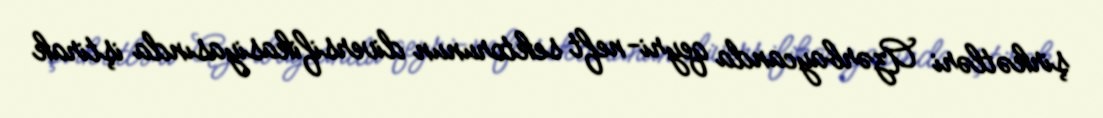
şirkətləri Azərbaycanda qeyri-neft sektorunun diversifikasiyasında iştirak